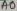
Text: A0